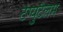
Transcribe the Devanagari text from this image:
टंग्युटैलम